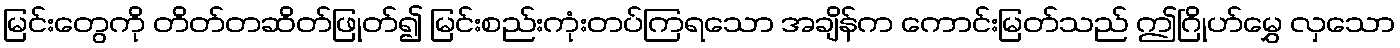
မြင်းတွေကို တိတ်တဆိတ်ဖြုတ်၍ မြင်းစည်းကုံးတပ်ကြရသော အချိန်က ကောင်းမြတ်သည် ဤဂြိုဟ်မွှေ လှသော